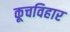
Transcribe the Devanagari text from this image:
कूचविहार